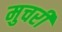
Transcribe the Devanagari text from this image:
मुचरी